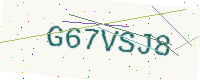
Text: G67VSJ8